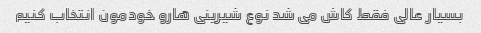
بسیار عالی فقط کاش می شد نوع شیرینی هارو خودمون انتخاب کنیم